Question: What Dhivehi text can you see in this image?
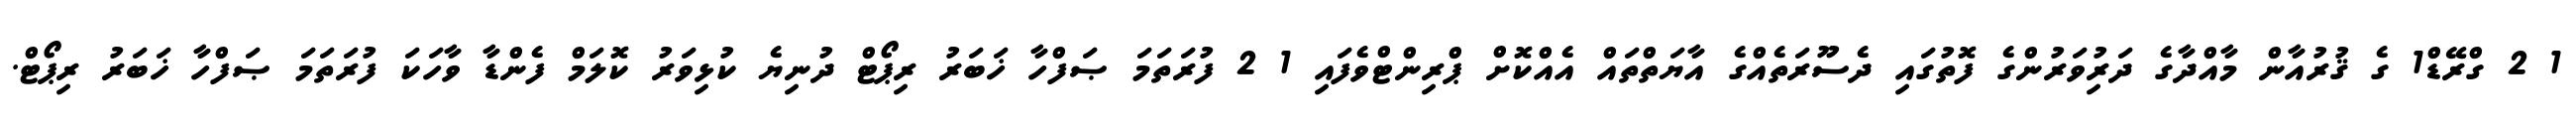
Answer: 1 2 ގްރޭޑް1 ގެ ޤުރުއާން މާއްދާގެ ދަރިުވަރުންގެ ފޮތުގައި ދެސޫރަތެއްގެ އާޔަތްތައް އެއްކޮށް ޕްރިންޓްވެފައި 1 2 ފުރަތަމަ ޞަފްހާ ޚަބަރު ރިޕޯޓް ދުނިޔެ ކުޅިވަރު ކޮލަމް ފެންޑާ ވާހަކަ ފުރަތަމަ ޞަފްހާ ޚަބަރު ރިޕޯޓް.